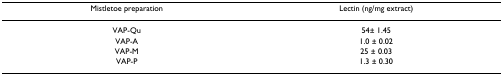
<table><thead><tr><td><b>Mistletoe preparation</b></td><td><b>Lectin (ng/mg extract)</b></td></tr></thead><tbody><tr><td>VAP-Qu</td><td>54± 1.45</td></tr><tr><td>VAP-A</td><td>1.0 ± 0.02</td></tr><tr><td>VAP-M</td><td>25 ± 0.03</td></tr><tr><td>VAP-P</td><td>1.3 ± 0.30</td></tr></tbody></table>